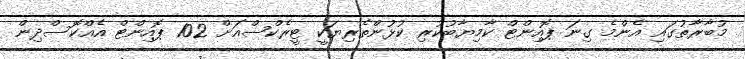
މުބާރާތުގައި އެންމެ ގިނަ ޕޮއިންޓް ކާމިޔާބުކުރި ކުޅުންތެރިޔަކީ ޓީރެކްސްއަށް 102 ޕޮއިންޓް އެއްކޮސްދިން